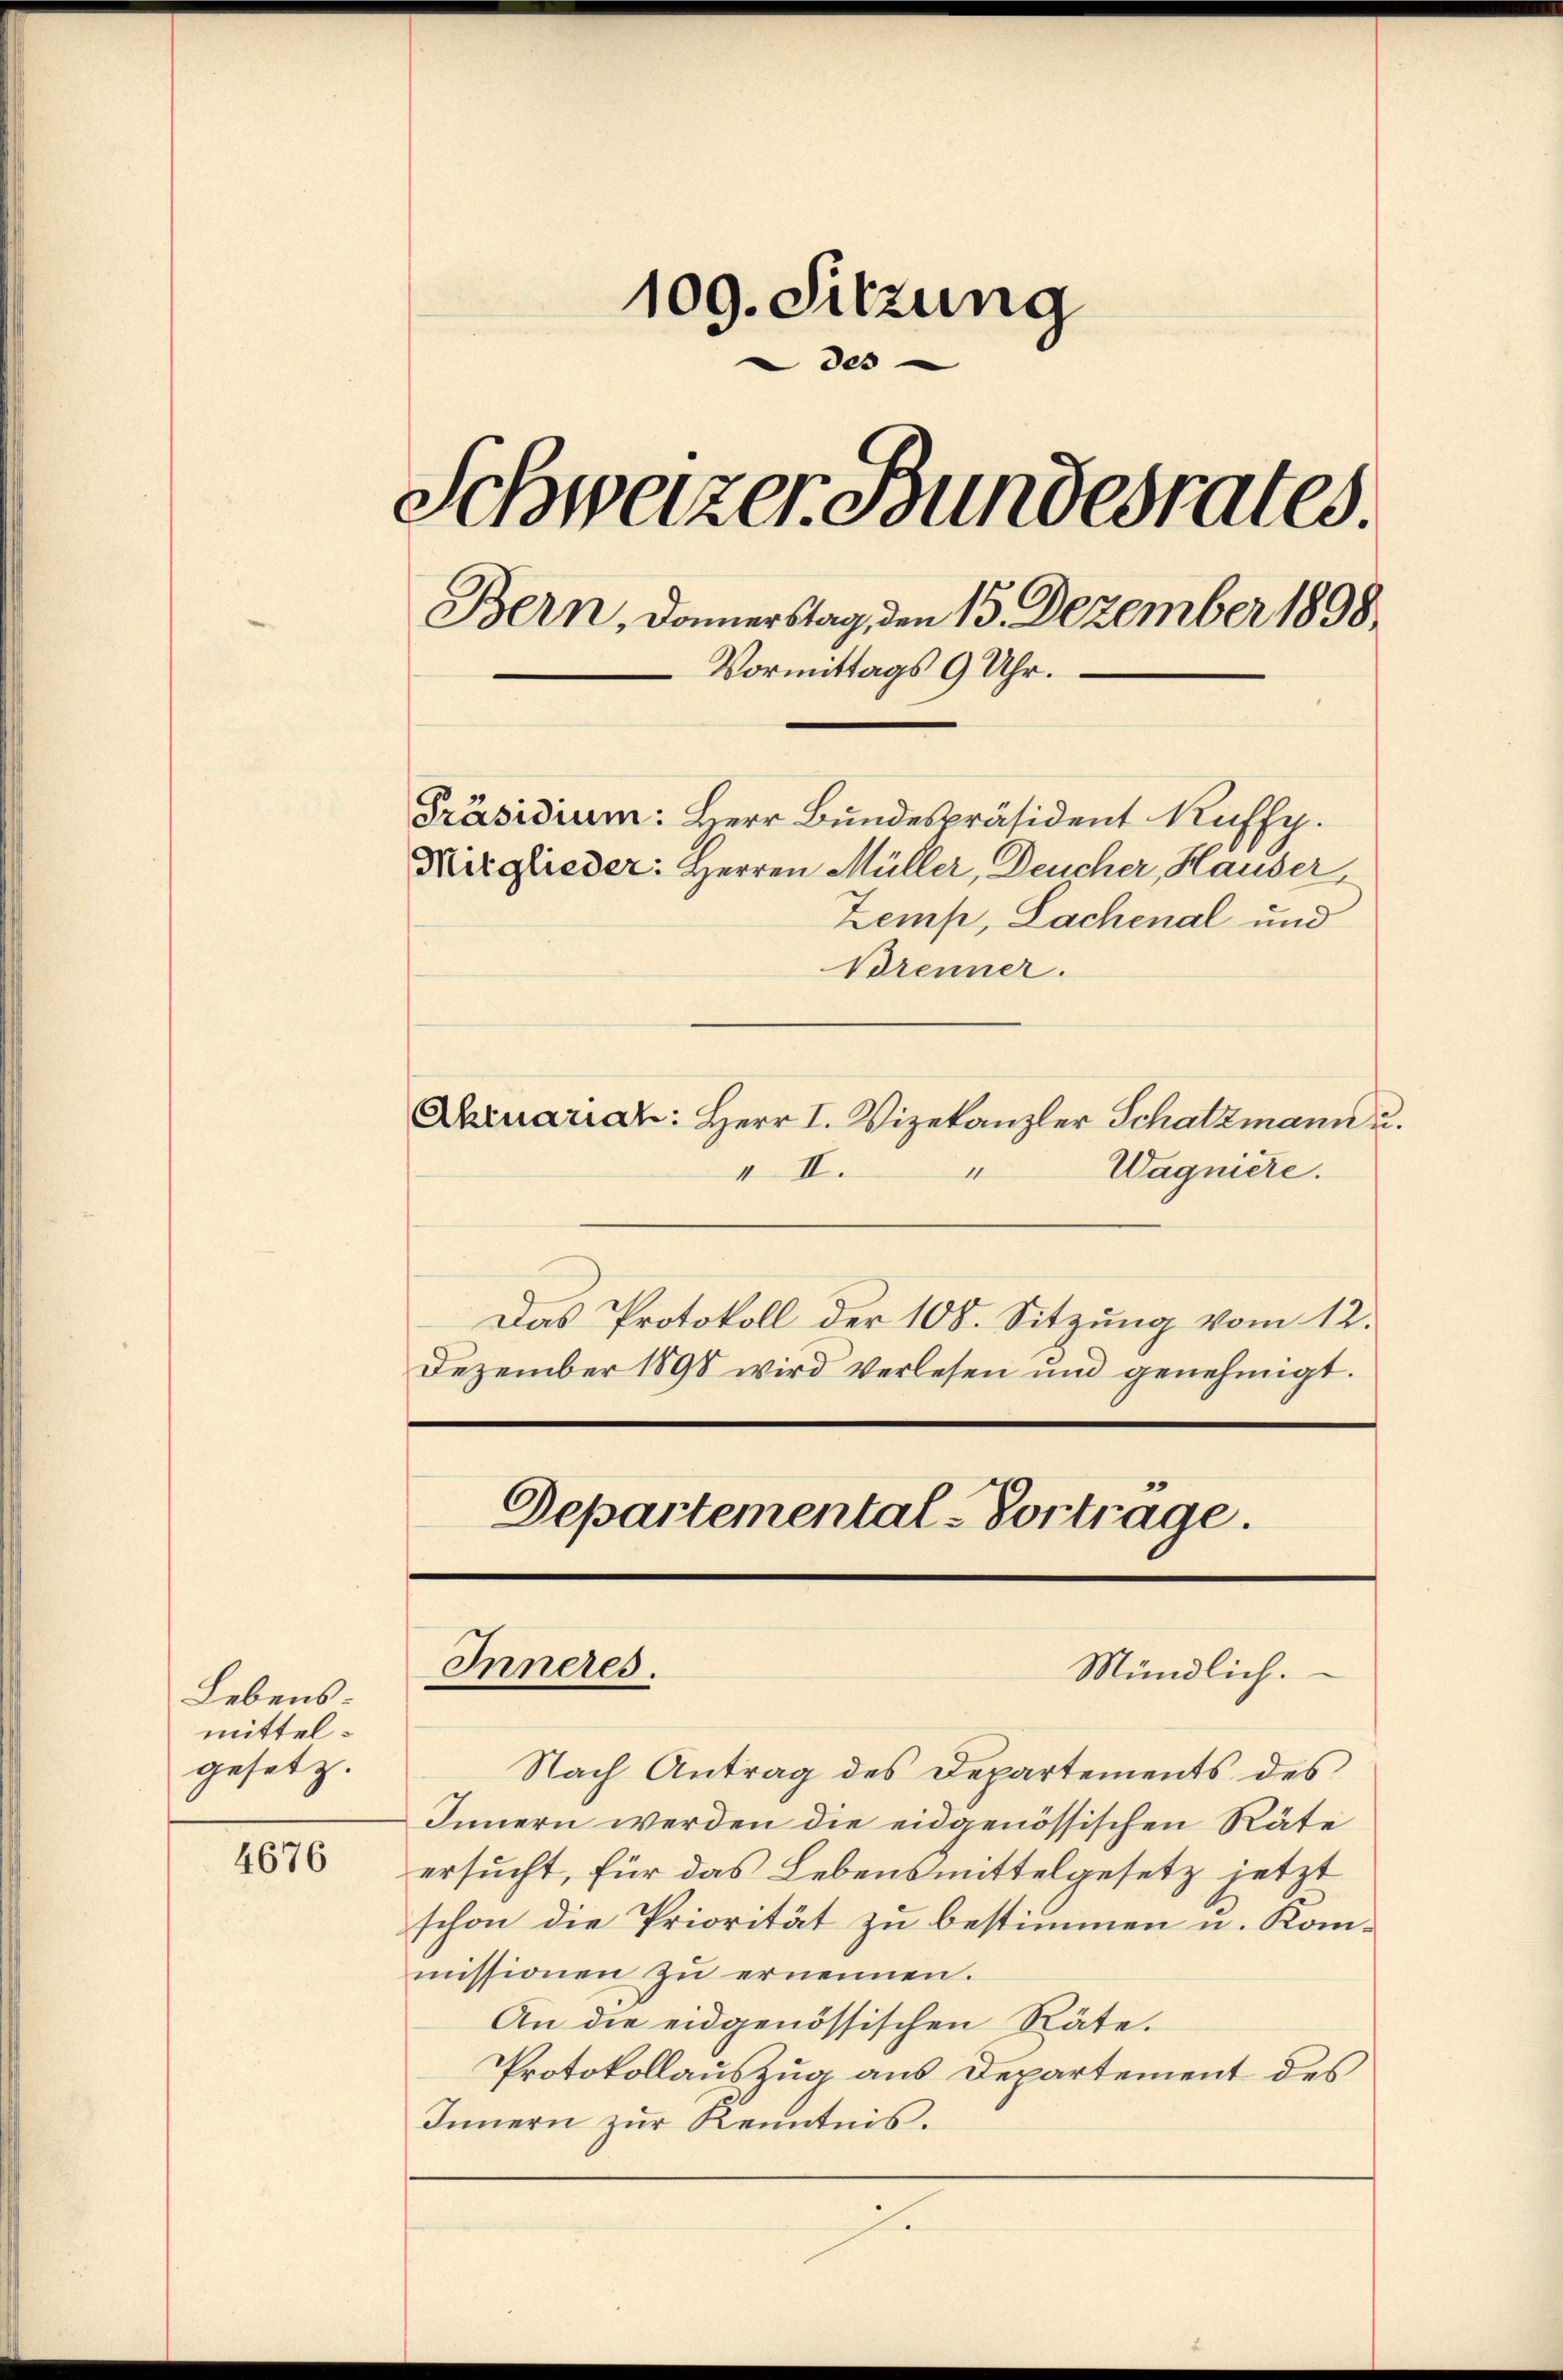
Lebens
mittel.
gesetz.

4676

109. Sitzung
des
Schweizer Bundesrates.
Bern, Domerstag, den 15. Dezember 1898.
Vormittags 9 Uhr.
Präsidium: Herr Bundespräsident Kuffy.
Mitglieder: Herren Müller, Deucher, Hauser,
Zemp, Lachenal und
Brenner.

Aaruariat: Herr I. Vizekanzler Schatzmann u.
1
Wagniere.
IIII.
Das Protokoll der 108. Sitzung vom 12.
Dezember 1898 wird verlesen und genehmigt.

.

Nach Antrag des Departements des
Innern werden die eidgenössischen Räte
ersucht, für das Lebensmittelgesetz jetzt
schon die Priorität zu bestimmen u. Kommissionen zu ernennen.
An die eidgenössischen Räte.
Protokollauszug aus Departement des
Innern zur Kenntnis.
e

Departemental-Vortrage.
Inneres.
Mündlich.